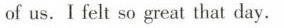
of us. I felt so great that day.